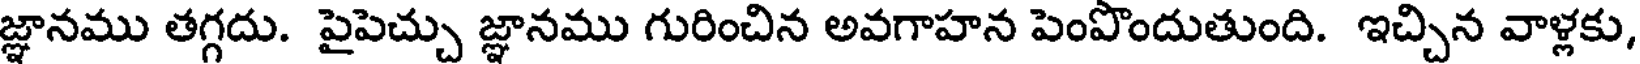
జ్ఞానము తగ్గదు. పైపెచ్చు జ్ఞానము గురించిన అవగాహన పెంపొందుతుంది. ఇచ్చిన వాళ్లకు,